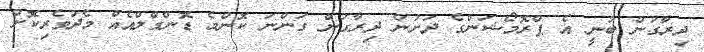
ދިރާގުން ބުނީ އެ ޕްރޮމޯޝަންގެ ދަށުން ދިރާގުން ގަންނަ ކޮންމެ ޑޮންގްލްއެއް މެދުވެރިކޮށް